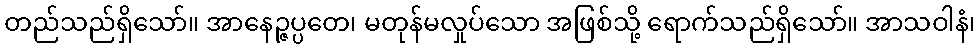
တည်သည်ရှိသော်။ အာနေဉ္ဇပ္ပတေ၊ မတုန်မလှုပ်သော အဖြစ်သို့ ရောက်သည်ရှိသော်။ အာသဝါနံ၊